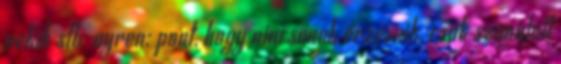
nekik stb. ayren: pont, hogy nincsenek érzéseik, csak szimulált